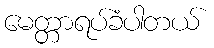
မေတ္တာရပ်ခံပါတယ်